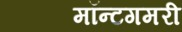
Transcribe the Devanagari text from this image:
मॉन्टगमरी